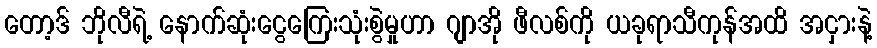
တော့ဒ် ဘိုလီရဲ့ နောက်ဆုံးငွေကြေးသုံးစွဲမှုဟာ ဂျာအို ဖီလစ်ကို ယခုရာသီကုန်အထိ အငှားနဲ့